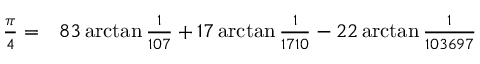
\begin{array} { r l } { { \frac { \pi } { 4 } } = } & { { } 8 3 \arctan { \frac { 1 } { 1 0 7 } } + 1 7 \arctan { \frac { 1 } { 1 7 1 0 } } - 2 2 \arctan { \frac { 1 } { 1 0 3 6 9 7 } } } \end{array}